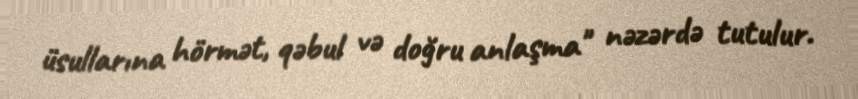
üsullarına hörmət, qəbul və doğru anlaşma" nəzərdə tutulur.